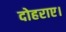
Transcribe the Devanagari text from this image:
दोहराए।